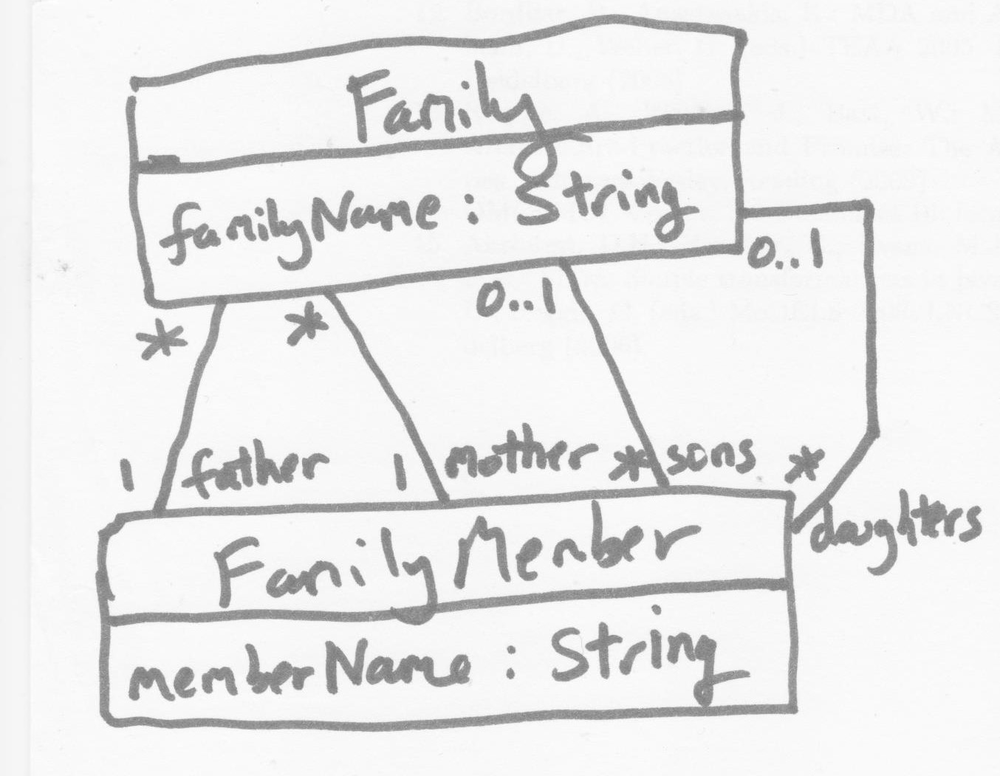
Diagram type: class_diagram
```plantuml
@startuml

class Family {
  familyName: String
}

class FamilyMember {
  memberName: String
}

Family "*" -- "father 1" FamilyMember

Family "0..1" -- "sons *" FamilyMember
Family "0..1" -- "daughters *" FamilyMember
Family "*" -- "mother 1" FamilyMember

@enduml
```